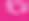
ט